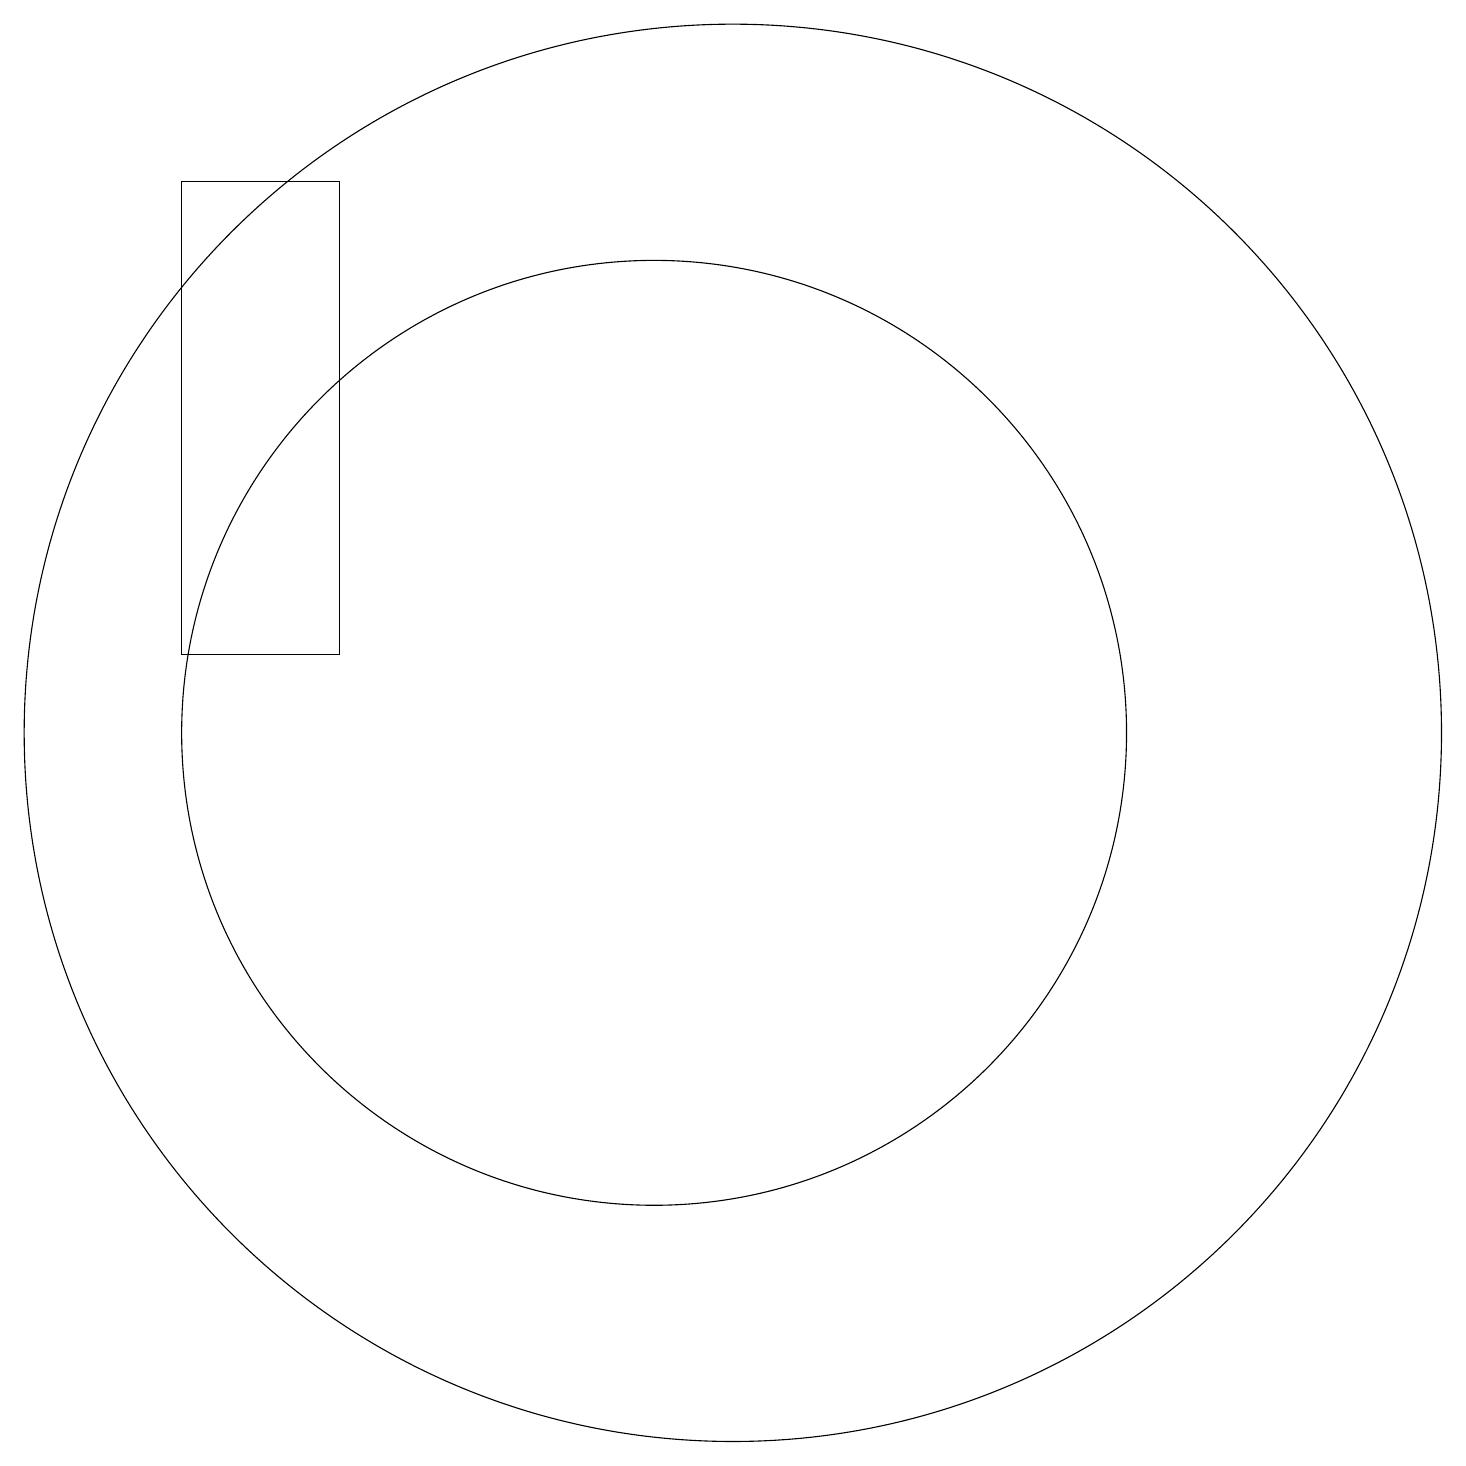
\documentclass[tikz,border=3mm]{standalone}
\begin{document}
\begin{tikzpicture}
\draw (10,11) circle (6);
\draw (11,11) circle (9);
\draw (4,12) rectangle (6,18);
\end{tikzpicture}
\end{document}